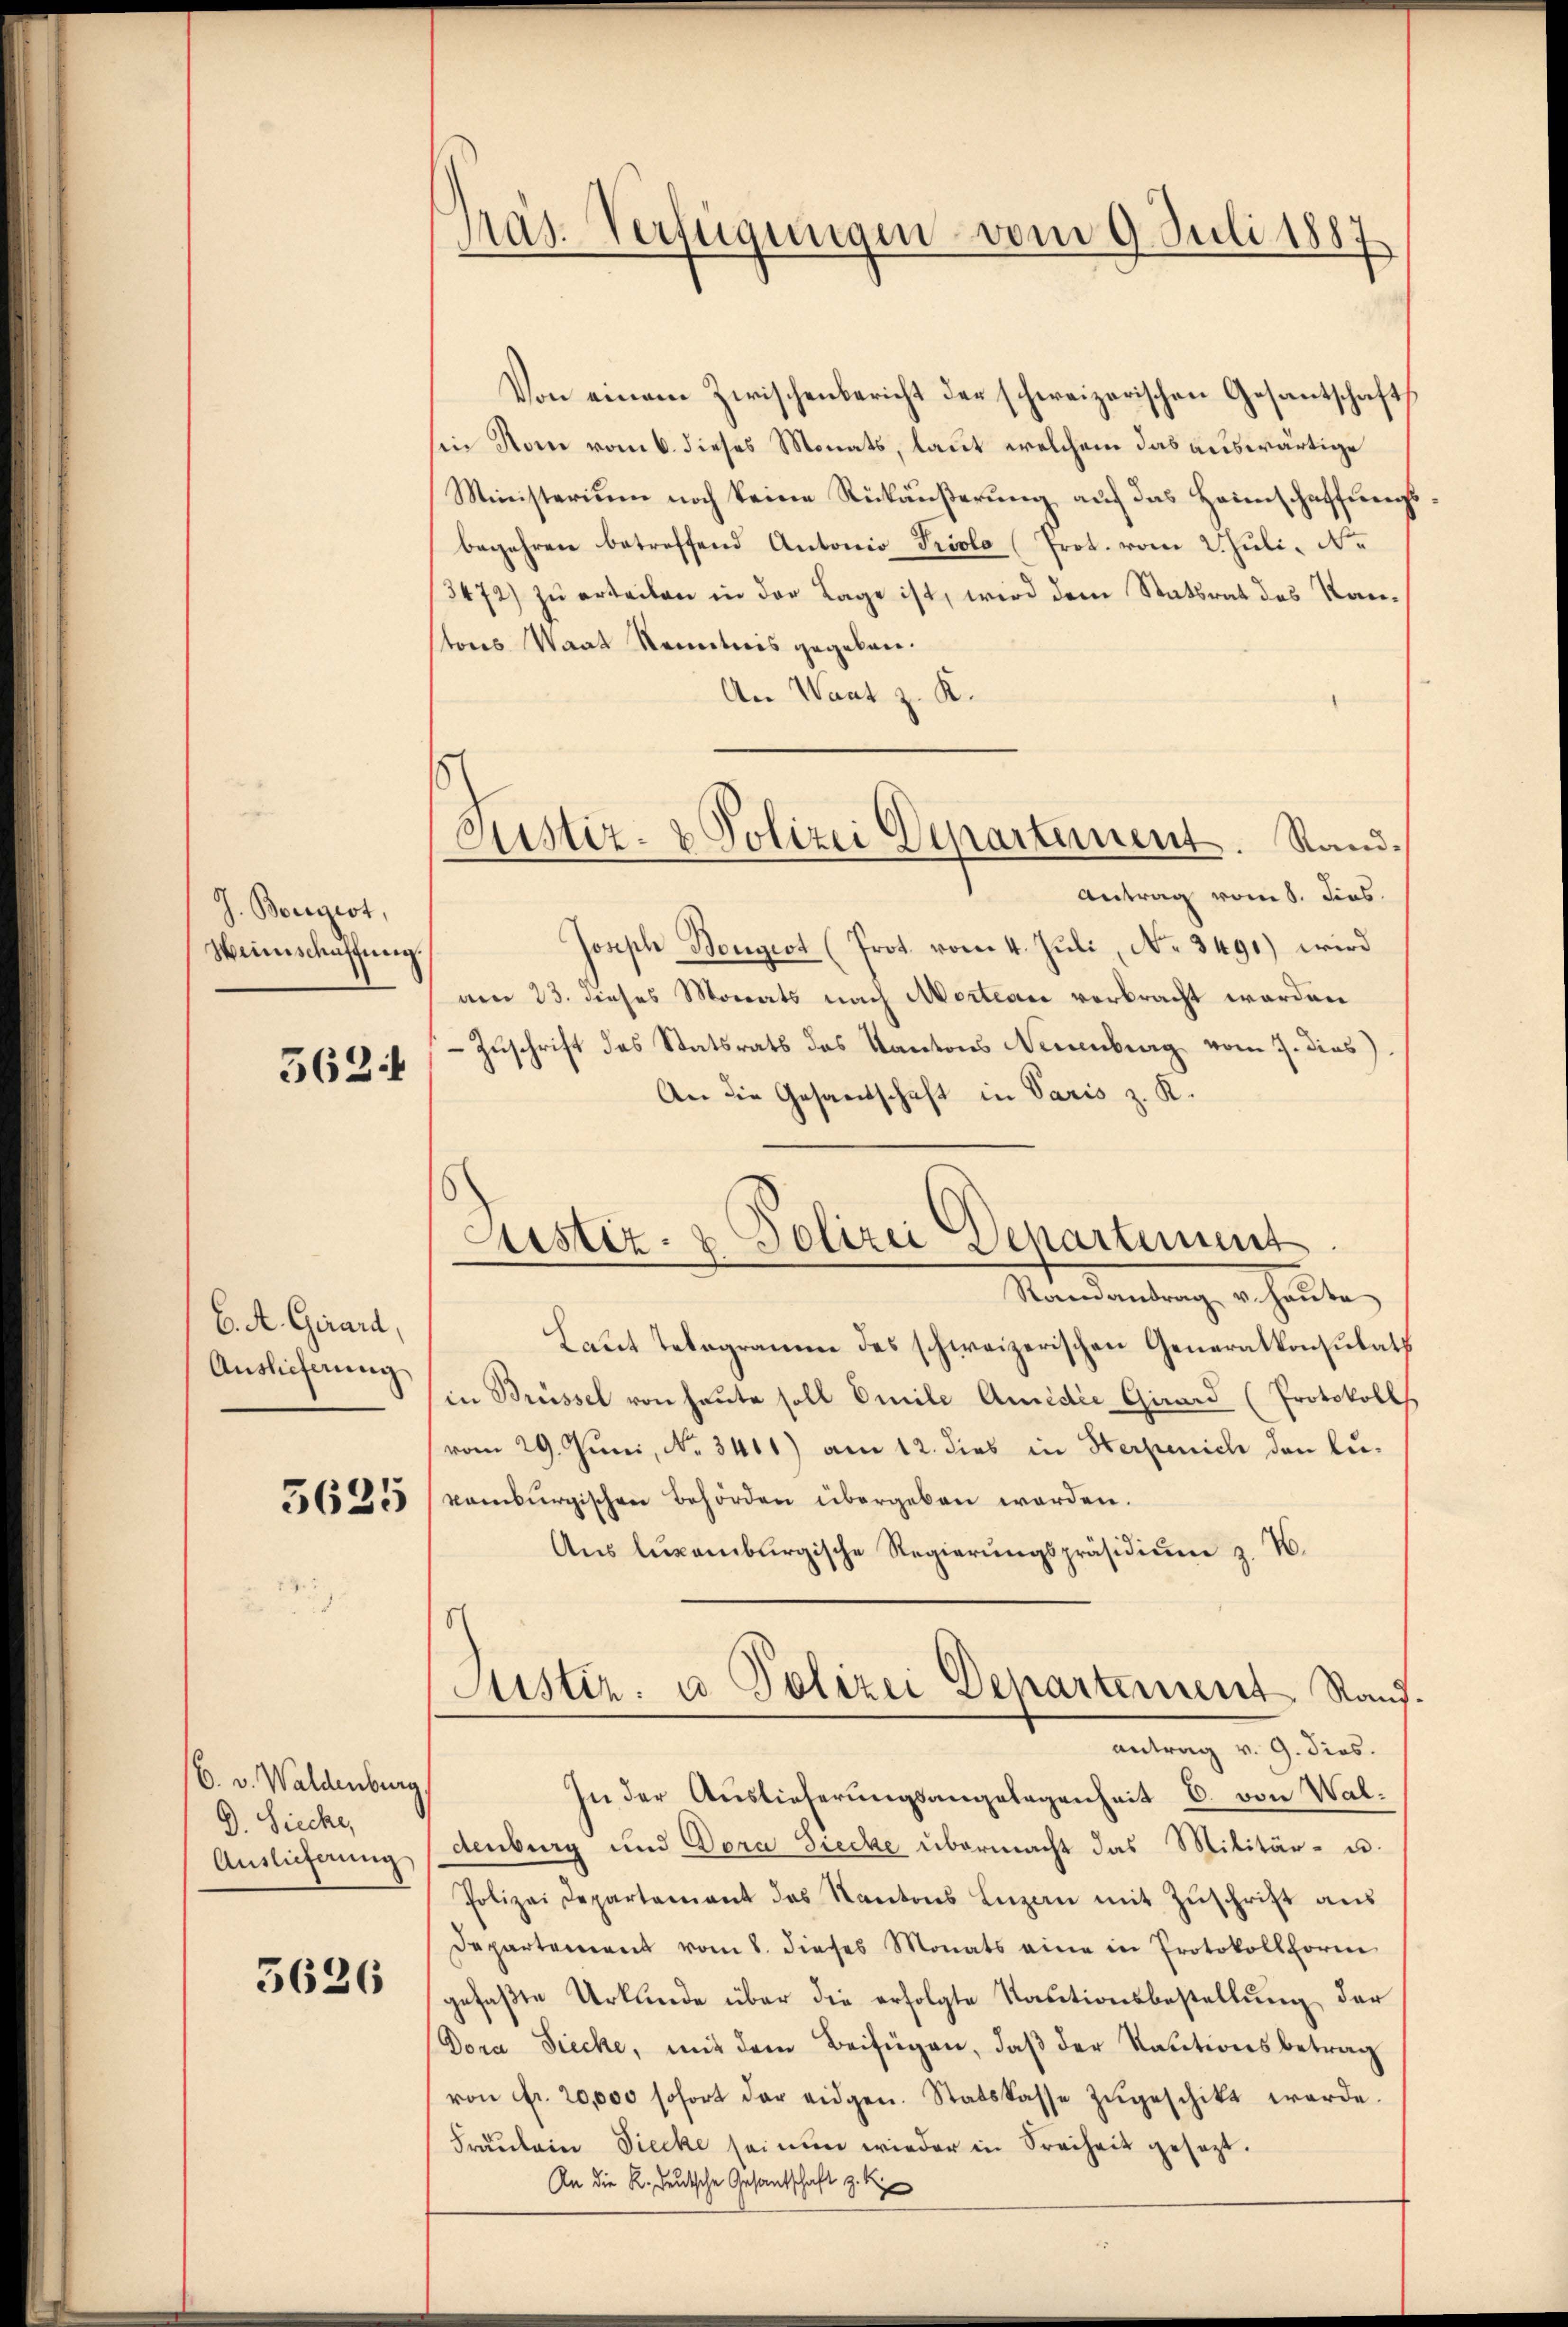
J. Borgest,
Weinschaffung.

562.

6. A. Girard,
Auslieferung

5625

6. v. Waldenburg
D. Sieche,
Auslieferung

5626

Pras. Verfügungen vom 9. Juli 1887

Von einem Zwischenbericht der schweizerischen Gesantschaft
in Rom vom 6. dieses Monats, laut welchem das auswärtige
Ministerium noch keine Rückäußerung auf das Heimschaffungs
begehren betreffend Antonio Prolo (Prot. vom 2. Juli, Ne
3472) zu erteilen in der Lage ist, wird dem Statsrat des Kantores Waat Renntnis gegeben.
An Waat z. K.
Antrag vom 8. dies
Joseph Bengest (Prot. vom 4. Juli, No. 3491) wird
am 23. dieses Monats nach Marteare verbracht worden
 Zuschrift des Statsrats des Kantons Neuenburg vom 7. dies
An die Gesandschaft in Paris z. K.
Randantrag u. haute
Laut Telegramm des schweizerischen Generalkonsulats
in Brüssel von heute soll Omile Amidie Girard (Protokolls
vom 29. Juni, No. 3401) am 12. dies in Herzeich den Luvomburgischen Behörden übergeben worden.
Aŭs lŭxamburgische Regierŭngspräsidiŭm z. B.
Astiz- u Polizei Departement Stand.
antrag v. 9. dies.
In der Auslieferungsangelegenheit C. von Waldenberg und Dora Ziecke übermacht das Militär- u.
Polizeidepartement des Kantons Luzern mit Zŭschrift ans
Departement vom 8. dieses Monats eine in Protokollform
gefaβte Urkunde über die erfolgte Kautionsbestellŭng der
Dora Siecke, mit dem Beifügen, daß der Kautionsbetrag
von fr. 20,000 sofort der eidgen. Statskasse zŭgeschikt werde.
Fräulein Diecke sei nun wieder in Freiheit gesezt.
An die K. Deutsche Gesantschaft z. B

Sistiz- & Polizei Departement. Sand¬

Justiz- & Polizei Departement